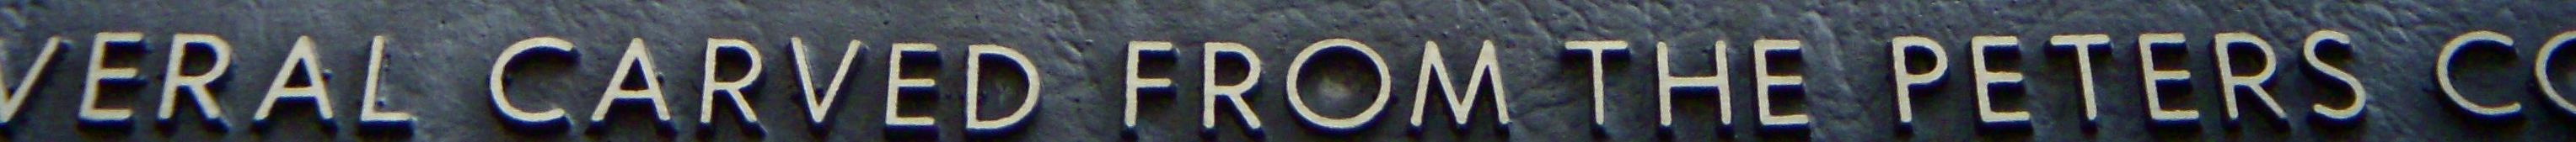
VERAL CARVED FROM THE PETERS CO